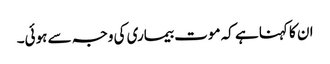
ان کا کہنا ہے کہ موت بیماری کی وجہ سے ہوئی۔